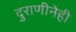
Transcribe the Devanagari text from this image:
दुराणीनेही